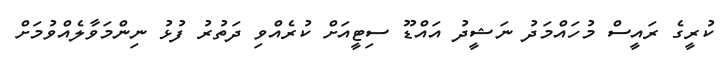
ކުރީގެ ރައީސް މުހައްމަދު ނަޝީދު އައްޑޫ ސިޓީއަށް ކުރެއްވި ދަތުރު ފުޅު ނިންމަވާލެއްވުމަށް